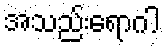
အသည်းရောဂါ